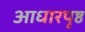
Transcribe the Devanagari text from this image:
आधारपृष्ठ